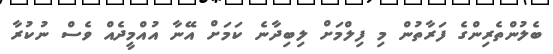
ބެލުންތެރިންގެ ފަރާތުން މި ފިލްމަށް ލިބިދާނެ ކަމަށް އޭނާ އުއްމީދެއް ވެސް ނުކުރާ